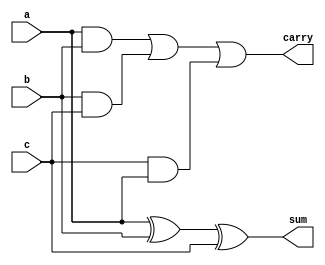
`timescale 1ns / 1ps
//////////////////////////////////////////////////////////////////////////////////
// Company: 
// Engineer: 
// 
// Design Name: 
// Module Name: FulladderArch
// Project Name: 
// Target Devices: 
// Tool Versions: 
// Description: 
// 
// Dependencies: 
// 
// Revision:
// Revision 0.01 - File Created
// Additional Comments:
// 
//////////////////////////////////////////////////////////////////////////////////

module FulladderArch(a,b,c,sum,carry);
    input a,b,c;
    output sum,carry;
    assign sum = a^b^c;
    assign carry = (a&b)|(b&c)|(c&a);
endmodule